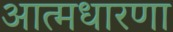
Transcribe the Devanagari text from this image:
आत्मधारणा